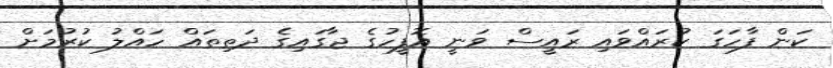
ކަން ފާހަގަ ކުރައްވައި ރައީސް ވަނީ އޮފީހުގެ ޖާގައިގެ ދަތިތައް ހައްލު ކުރުމަށް